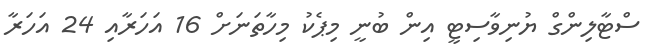
ސްޓާލިންގް ޔުނިވާސިޓީ އިން ބުނީ މިޕެކު މިހާތަނަށް 16 އަހަރާއި 24 އަހަރާ